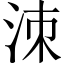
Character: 洓